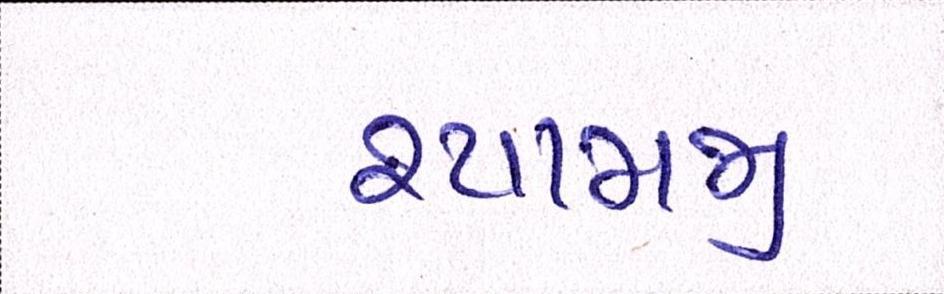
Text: શ્યામજી